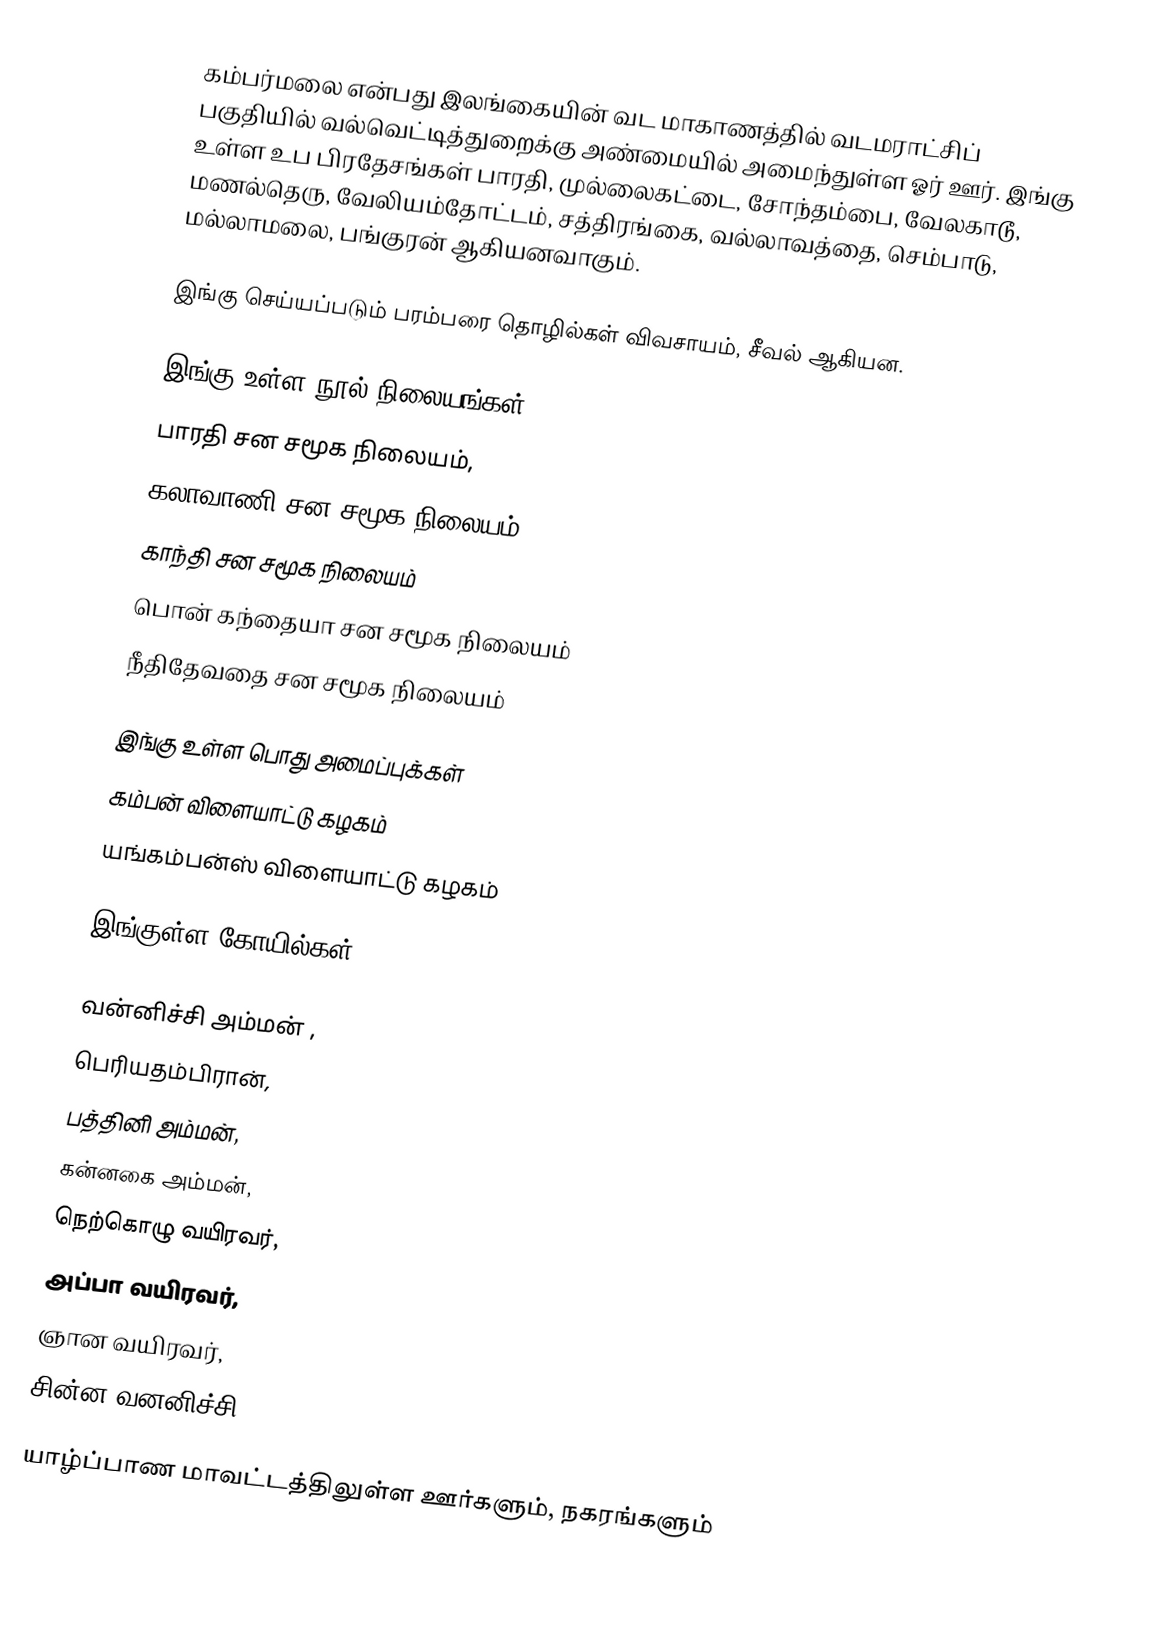
கம்பர்மலை என்பது இலங்கையின் வட மாகாணத்தில் வடமராட்சிப் பகுதியில் வல்வெட்டித்துறைக்கு அண்மையில் அமைந்துள்ள ஓர் ஊர். இங்கு உள்ள உப பிரதேசங்கள் பாரதி, முல்லைகட்டை, சோந்தம்பை, வேலகாடூ, மணல்தெரு, வேலியம்தோட்டம், சத்திரங்கை, வல்லாவத்தை, செம்பாடு, மல்லாமலை, பங்குரன் ஆகியனவாகும்.

இங்கு செய்யப்படும் பரம்பரை தொழில்கள் விவசாயம், சீவல் ஆகியன.

இங்கு உள்ள நூல் நிலையங்கள்
பாரதி சன சமூக நிலையம்,
கலாவாணி சன சமூக நிலையம்,
காந்தி சன சமூக நிலையம்
பொன் கந்தையா சன சமூக நிலையம்
நீதிதேவதை சன சமூக நிலையம்

இங்கு உள்ள பொது அமைப்புக்கள்
 கம்பன் விளையாட்டு கழகம்
 யங்கம்பன்ஸ் விளையாட்டு கழகம்

இங்குள்ள கோயில்கள்

 வன்னிச்சி அம்மன் ,
 பெரியதம்பிரான்,
 பத்தினி அம்மன்,
 கன்னகை அம்மன்,
 நெற்கொழு வயிரவர்,
 அப்பா வயிரவர்,
 ஞான வயிரவர்,
 சின்ன வனனிச்சி

யாழ்ப்பாண மாவட்டத்திலுள்ள ஊர்களும், நகரங்களும்